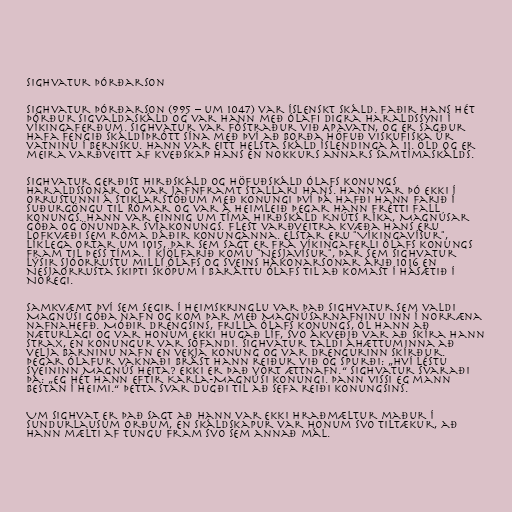
Sighvatur Þórðarson

Sighvatur Þórðarson (995 – um 1047) var íslenskt skáld. Faðir hans hét
Þórður Sigvaldaskáld og var hann með Ólafi digra Haraldssyni í
víkingaferðum. Sighvatur var fóstraður við Apavatn, og er sagður
hafa fengið skáldíþrótt sína með því að borða höfuð viskufiska úr
vatninu í bernsku. Hann var eitt helsta skáld Íslendinga á 11. öld og er
meira varðveitt af kveðskap hans en nokkurs annars samtímaskálds.

Sighvatur gerðist hirðskáld og höfuðskáld Ólafs konungs
Haraldssonar og var jafnframt stallari hans. Hann var þó ekki í
orrustunni á Stiklarstöðum með konungi því þá hafði hann farið í
suðurgöngu til Rómar og var á heimleið þegar hann frétti fall
konungs. Hann var einnig um tíma hirðskáld Knúts ríka, Magnúsar
góða og Önundar Svíakonungs. Flest varðveitra kvæða hans eru
lofkvæði sem róma dáðir konunganna. Elstar eru "Víkingavísur",
líklega ortar um 1015, þar sem sagt er frá víkingaferli Ólafs konungs
fram til þess tíma. Í kjölfarið komu "Nesjavísur", þar sem Sighvatur
lýsir sjóorrustu milli Ólafs og Sveins Hákonarsonar árið 1016 en
Nesjaorrusta skipti sköpum í baráttu Ólafs til að komast í hásætið í
Noregi.

Samkvæmt því sem segir í Heimskringlu var það Sighvatur sem valdi
Magnúsi góða nafn og kom þar með Magnúsarnafninu inn í norræna
nafnahefð. Móðir drengsins, frilla Ólafs konungs, ól hann að
næturlagi og var honum ekki hugað líf, svo ákveðið var að skíra hann
strax, en konungur var sofandi. Sighvatur taldi áhættuminna að
velja barninu nafn en vekja konung og var drengurinn skírður.
Þegar Ólafur vaknaði brást hann reiður við og spurði: „Hví léstu
sveininn Magnús heita? Ekki er það vort ættnafn.“ Sighvatur svaraði
þá: „Eg hét hann eftir Karla-Magnúsi konungi. Þann vissi eg mann
bestan í heimi.“ Þetta svar dugði til að sefa reiði konungsins.

Um Sighvat er það sagt að hann var ekki hraðmæltur maður í
sundurlausum orðum, en skáldskapur var honum svo tiltækur, að
hann mælti af tungu fram svo sem annað mál.